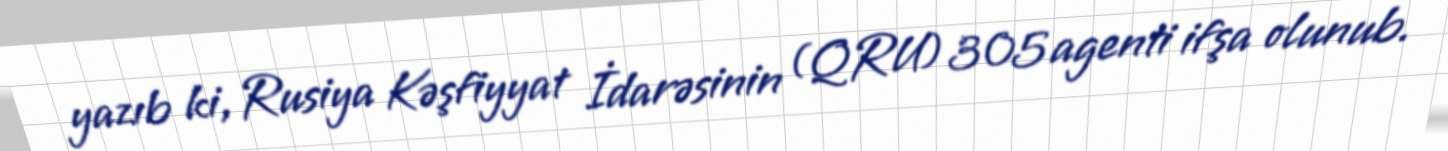
yazıb ki, Rusiya Kəşfiyyat İdarəsinin (QRU) 305 agenti ifşa olunub.